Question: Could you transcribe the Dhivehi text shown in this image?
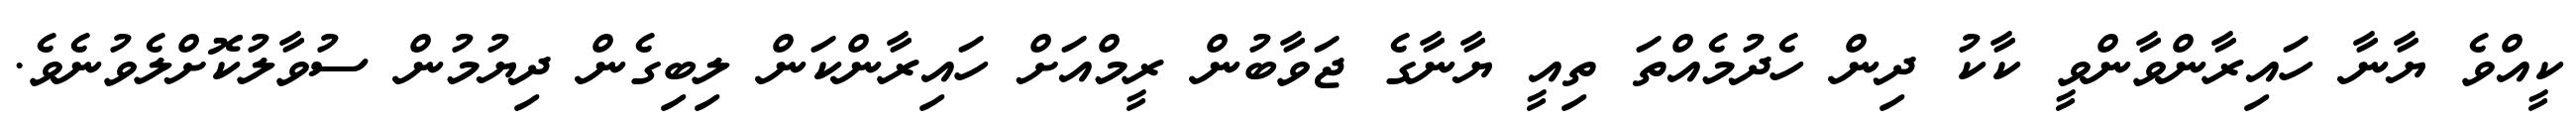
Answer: ކީއްވެ ޔާނާ ހައިރާންވާންވީ ކާކު ދިން ހެދުމެއްތަ ތިއީ ޔާނާގެ ޖަވާބުން ރީމްއަށް ހައިރާންކަން ލިބިގެން ދިޔުމުން ސުވާލުކޮށްލެވުނެވެ.